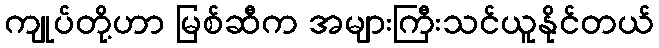
ကျုပ်တို့ဟာ မြစ်ဆီက အများကြီးသင်ယူနိုင်တယ်